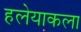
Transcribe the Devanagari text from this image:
हलेयाकला